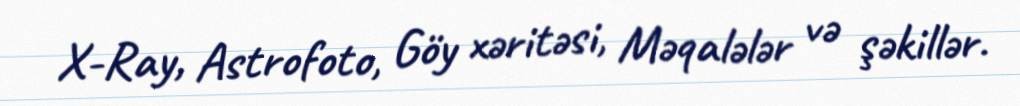
X-Ray, Astrofoto, Göy xəritəsi, Məqalələr və şəkillər.